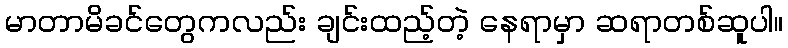
မာတာမိခင်တွေကလည်း ချင်းထည့်တဲ့ နေရာမှာ ဆရာတစ်ဆူပါ။